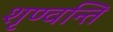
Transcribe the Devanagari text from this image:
शृण्वन्ति